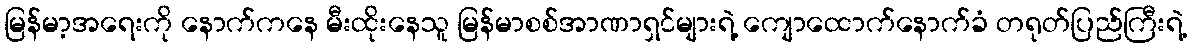
မြန်မာ့အရေးကို နောက်ကနေ မီးထိုးနေသူ မြန်မာစစ်အာဏာရှင်များရဲ့ ကျောထောက်နောက်ခံ တရုတ်ပြည်ကြီးရဲ့